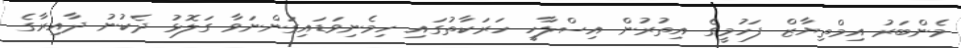
މެންބަރު އިމްތިޔާޒް ފަހުމީގެ އިތުރުން އިސްލާހީ ހަރަކާތުގައި ހިމެނިވަޑައިގަންނަވާ ގަލޮޅު ދެކުނު ދާއިރާގެ